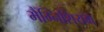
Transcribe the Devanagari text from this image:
मैंग्निशियम